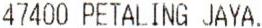
47400 PETALING JAYA.